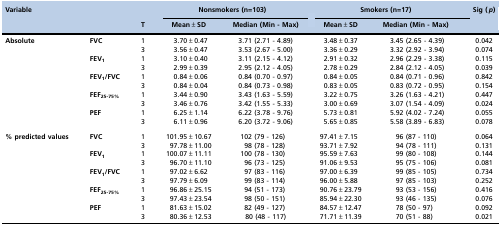
<table><thead><tr><td rowspan="2"><b>Variable</b></td><td></td><td colspan="2"><b>Nonsmokers (n=103)</b></td><td colspan="2"><b>Smokers (n=17)</b></td><td rowspan="2"><b>Sig (<i>p</i>)</b></td></tr><tr><td><b>T</b></td><td><b>Mean±SD</b></td><td><b>Median (Min - Max)</b></td><td><b>Mean±SD</b></td><td><b>Median (Min - Max)</b></td></tr></thead><tbody><tr><td rowspan="10"><b>Absolute</b></td><td rowspan="2"><b>FVC</b></td><td>1</td><td>3.70±0.47</td><td>3.71 (2.71 - 4.89)</td><td>3.48±0.37</td><td>3.45 (2.65 - 4.39)</td><td>0.042</td></tr><tr><td>3</td><td>3.56±0.47</td><td>3.53 (2.67 - 5.00)</td><td>3.36±0.29</td><td>3.32 (2.92 - 3.94)</td><td>0.074</td></tr><tr><td rowspan="2"><b>FEV<sub>1</sub></b></td><td>1</td><td>3.10±0.40</td><td>3.11 (2.15 - 4.12)</td><td>2.91±0.32</td><td>2.96 (2.29 - 3.38)</td><td>0.115</td></tr><tr><td>3</td><td>2.99±0.39</td><td>2.95 (2.12 - 4.05)</td><td>2.78±0.29</td><td>2.84 (2.12 - 4.05)</td><td>0.039</td></tr><tr><td rowspan="2"><b>FEV<sub>1</sub>/FVC</b></td><td>1</td><td>0.84±0.06</td><td>0.84 (0.70 - 0.97)</td><td>0.84±0.05</td><td>0.84 (0.71 - 0.96)</td><td>0.842</td></tr><tr><td>3</td><td>0.84±0.04</td><td>0.84 (0.73 - 0.98)</td><td>0.83±0.05</td><td>0.83 (0.72 - 0.95)</td><td>0.154</td></tr><tr><td rowspan="2"><b>FEF<sub>25-75%</sub></b></td><td>1</td><td>3.44±0.90</td><td>3.43 (1.63 - 5.59)</td><td>3.22±0.75</td><td>3.26 (1.63 - 4.21)</td><td>0.447</td></tr><tr><td>3</td><td>3.46±0.76</td><td>3.42 (1.55 - 5.33)</td><td>3.00±0.69</td><td>3.07 (1.54 - 4.09)</td><td>0.024</td></tr><tr><td rowspan="2"><b>PEF</b></td><td>1</td><td>6.25±1.14</td><td>6.22 (3.78 - 9.76)</td><td>5.73±0.81</td><td>5.92 (4.02 - 7.24)</td><td>0.055</td></tr><tr><td>3</td><td>6.11±0.96</td><td>6.20 (3.72 - 9.06)</td><td>5.65±0.85</td><td>5.58 (3.89 - 6.83)</td><td>0.078</td></tr><tr><td rowspan="10"><b>% predicted values</b></td><td rowspan="2"><b>FVC</b></td><td>1</td><td>101.95±10.67</td><td>102 (79 - 126)</td><td>97.41±7.15</td><td>96 (87 - 110)</td><td>0.064</td></tr><tr><td>3</td><td>97.78±11.00</td><td>98 (78 - 128)</td><td>93.71±7.92</td><td>94 (78 - 111)</td><td>0.131</td></tr><tr><td rowspan="2"><b>FEV<sub>1</sub></b></td><td>1</td><td>100.07±11.11</td><td>100 (78 - 130)</td><td>95.59±7.63</td><td>99 (80 - 108)</td><td>0.144</td></tr><tr><td>3</td><td>96.70±11.10</td><td>96 (73 - 125)</td><td>91.06±9.53</td><td>95 (75 - 106)</td><td>0.081</td></tr><tr><td rowspan="2"><b>FEV<sub>1</sub>/FVC</b></td><td>1</td><td>97.02±6.62</td><td>97 (83 - 116)</td><td>97.00±6.39</td><td>99 (85 - 105)</td><td>0.734</td></tr><tr><td>3</td><td>97.79±6.09</td><td>99 (83 - 114)</td><td>96.00±5.88</td><td>97 (85 - 103)</td><td>0.252</td></tr><tr><td rowspan="2"><b>FEF<sub>25-75%</sub></b></td><td>1</td><td>96.86±25.15</td><td>94 (51 - 173)</td><td>90.76±23.79</td><td>93 (53 - 156)</td><td>0.416</td></tr><tr><td>3</td><td>97.43±23.54</td><td>98 (50 - 151)</td><td>85.94±22.30</td><td>93 (46 - 135)</td><td>0.076</td></tr><tr><td rowspan="2"><b>PEF</b></td><td>1</td><td>81.63±15.02</td><td>82 (49 - 127)</td><td>84.57±12.47</td><td>78 (50 - 97)</td><td>0.092</td></tr><tr><td>3</td><td>80.36±12.53</td><td>80 (48 - 117)</td><td>71.71±11.39</td><td>70 (51 - 88)</td><td>0.021</td></tr></tbody></table>